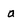
Character: a